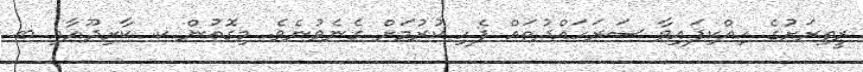
ރީތިރަށުގެ ހިއްކިފައިވާ ސަރަހައްދުތައް ފެހި ކުރުމަށް ގެނެވުނެވެ. މިގޮތުން ކ. ކާށިދޫއާއި ބ.